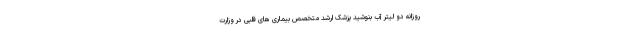
روزانه دو لیتر آب بنوشید پزشک ارشد متخصص بیماری های قلبی در وزارت